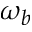
\omega _ { b }